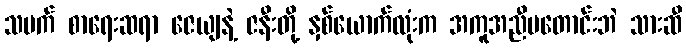
သမက် စာရေးဆရာ ဇေယျနဲ့ ဇနီးတို့ နှစ်ယောက်လုံးက အကူအညီမတောင်းဘဲ သားဆီ